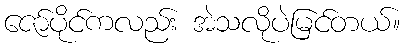
ဇော်ပိုင်ကလည်း အဲသလိုပဲမြင်တယ်။